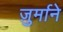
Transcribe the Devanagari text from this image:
ज़ुर्माने